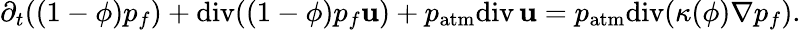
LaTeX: \partial_{t}((1-\phi)p_{f})+\mathrm{div}((1-\phi)p_{f}{\mathbf u})+p_{\mathrm{atm}}\mathrm{div}\, {\mathbf u}=p_{\mathrm{atm}}\mathrm{div}(\kappa(\phi)\nabla p_{f}).